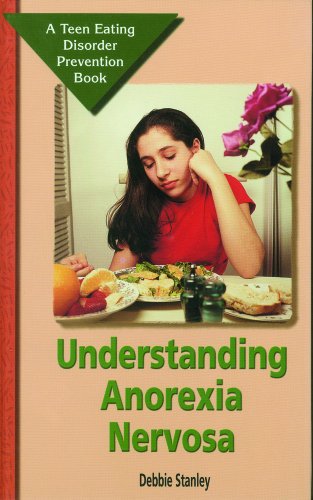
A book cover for Understanding Anorexia Nervosa (Teen Eating Disorder Prevention Book); Debbie Stanley; Health, Fitness & Dieting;